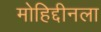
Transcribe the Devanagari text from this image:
मोहिद्दीनला